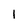
Character: l